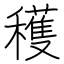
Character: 穫